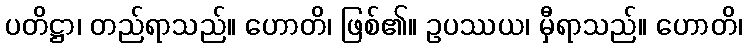
ပတိဋ္ဌာ၊ တည်ရာသည်။ ဟောတိ၊ ဖြစ်၏။ ဥပဿယ၊ မှီရာသည်။ ဟောတိ၊